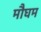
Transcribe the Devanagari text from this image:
मौघम